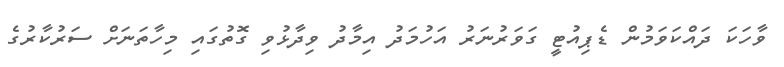
ވާހަކަ ދައްކަވަމުން ޑެޕިއުޓީ ގަވަރުނަރު އަހުމަދު އިމާދު ވިދާޅުވި ގޮތުގައި މިހާތަނަށް ސަރުކާރުގެ